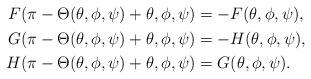
LaTeX: \begin{align*}\begin{aligned}F(\pi-\Theta(\theta,\phi,\psi)+\theta,\phi,\psi)&=-F(\theta,\phi,\psi), \\G(\pi-\Theta(\theta,\phi,\psi)+\theta,\phi,\psi)&=-H(\theta,\phi,\psi), \\H(\pi-\Theta(\theta,\phi,\psi)+\theta,\phi,\psi)&=G(\theta,\phi,\psi).\end{aligned}\end{align*}